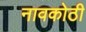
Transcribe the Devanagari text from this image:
नावकोठी